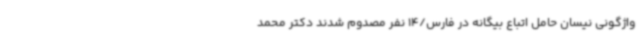
واژگونی نیسان حامل اتباع بیگانه در فارس/14 نفر مصدوم شدند دکتر محمد